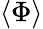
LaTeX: \langle{\Phi}\rangle